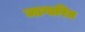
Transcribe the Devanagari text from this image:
जागारित